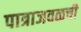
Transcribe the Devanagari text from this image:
पात्राजवळची